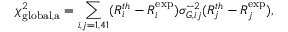
\chi _ { \mathrm { g l o b a l , a } } ^ { 2 } = \sum _ { i , j = 1 , 4 1 } ( R _ { i } ^ { t h } - R _ { i } ^ { \exp } ) \sigma _ { G , i j } ^ { - 2 } ( R _ { j } ^ { t h } - R _ { j } ^ { \exp } ) ,